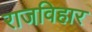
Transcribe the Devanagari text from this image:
राजविहार